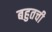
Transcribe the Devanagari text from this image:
बहुतची